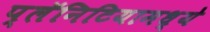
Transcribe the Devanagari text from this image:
प्लॅनिटियामध्ये